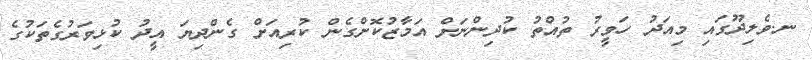
ނ.ވެލިދޫގައި މިއަދު ހަވީރު ތުއްތު ކުދިންނަށް އަމާޒުކޮށްގެން ކުރިއަށް ގެންދިޔަ އީދު ކުޅިވަރުގެތަކުގެ